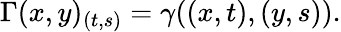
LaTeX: \Gamma(x,y)_{(t,s)}=\gamma((x,t),(y,s)).